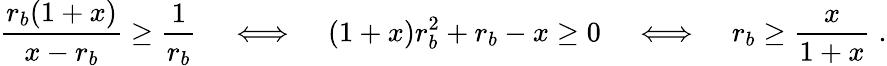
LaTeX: \frac{r_{b}(1+x)}{x-r_{b}}\geq\frac{1}{r_{b}}\; \; \; \; \Longleftrightarrow\; \; \; \; (1+x)r_{b}^{2}+r_{b}-x\geq 0\; \; \; \; \Longleftrightarrow\; \; \; \; r_{b}\geq\frac{x}{1+x}\; .